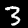
Digit: 3